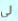
لي